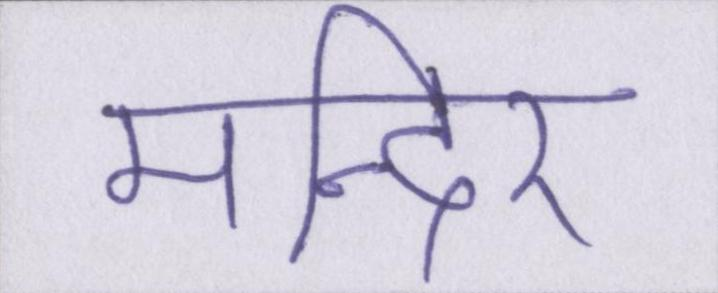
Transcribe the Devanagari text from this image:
मन्दिर